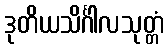
ဒုတိယသိင်္ဂါလသုတ္တံ